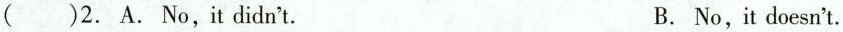
( )2. A. No,it didn't. B. No,it doesn't.